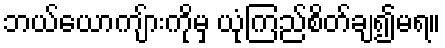
ဘယ်ယောကျ်ားကိုမှ ယုံကြည်စိတ်ချ၍မရ။